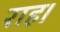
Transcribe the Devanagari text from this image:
राह।